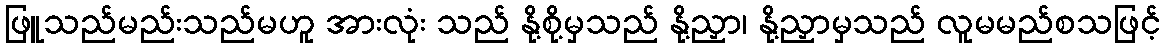
ဖြူသည်မည်းသည်မဟူ အားလုံး သည် နို့စို့မှသည် နို့ညှာ၊ နို့ညှာမှသည် လူမမည်စသဖြင့်